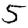
Digit: 5